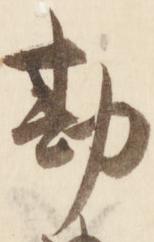
勘